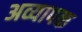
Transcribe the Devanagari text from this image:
अव्यापक